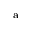
^ \mathrm { a }